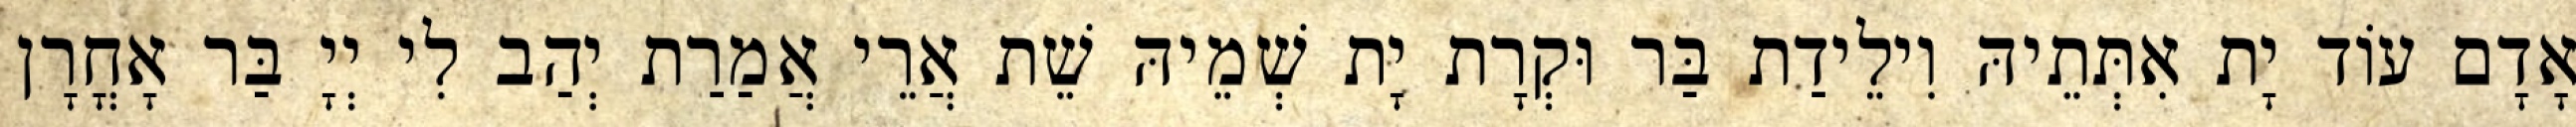
אָדָם עוֹד יָת אִתְּתֵיהּ וִילֵידַת בַּר וּקְרָת יָת שְׁמֵיהּ שֵׁת אֲרֵי אֲמַרַת יְהַב לִי יְיָ בַּר אָחֳרָן